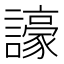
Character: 譹